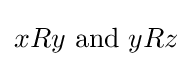
xRy{\text{ and }}yRz